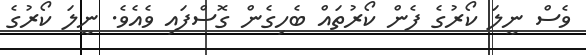
ވެސް ނީލަ ކޯރުގެ ފެން ކޯރުތައް ބެހިގެން ގޮސްފައި ވެއެވެ. ނީލަ ކޯރުގެ